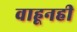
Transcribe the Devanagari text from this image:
वाहूनही